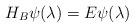
\begin{align*}H_B \psi(\lambda) = E \psi(\lambda)\end{align*}